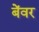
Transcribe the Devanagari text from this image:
बेंवर